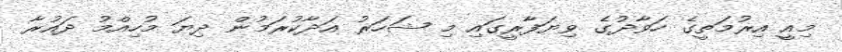
މިއީ އިރުމަތީގެ ހަވާދުގެ ވިޔަފާރީގައި މި ޝަހަރު އަދާކުރަމުން ދިޔަ މުހިއްމު ދައުރާ